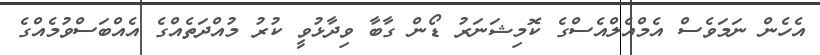
އެހެން ނަމަވެސް އެމްއެލްއެސްގެ ކޮމިޝަނަރު ޑޯން ގާބާ ވިދާޅުވީ ކުރު މުއްދަތެއްގެ އެއްބަސްވުމެއްގެ